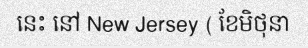
នេះ នៅ New Jersey ( ខែមិថុនា